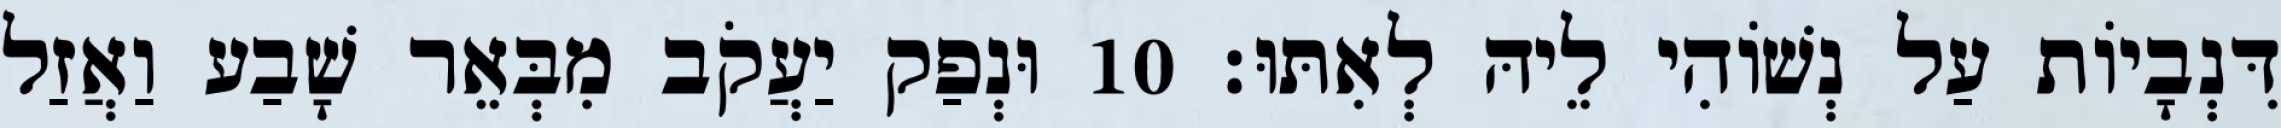
דִּנְבָיוֹת עַל נְשׁוֹהִי לֵיהּ לְאִתּוּ׃ 10 וּנְפַק יַעֲקֹב מִבְּאֵר שָׁבַע וַאֲזַל